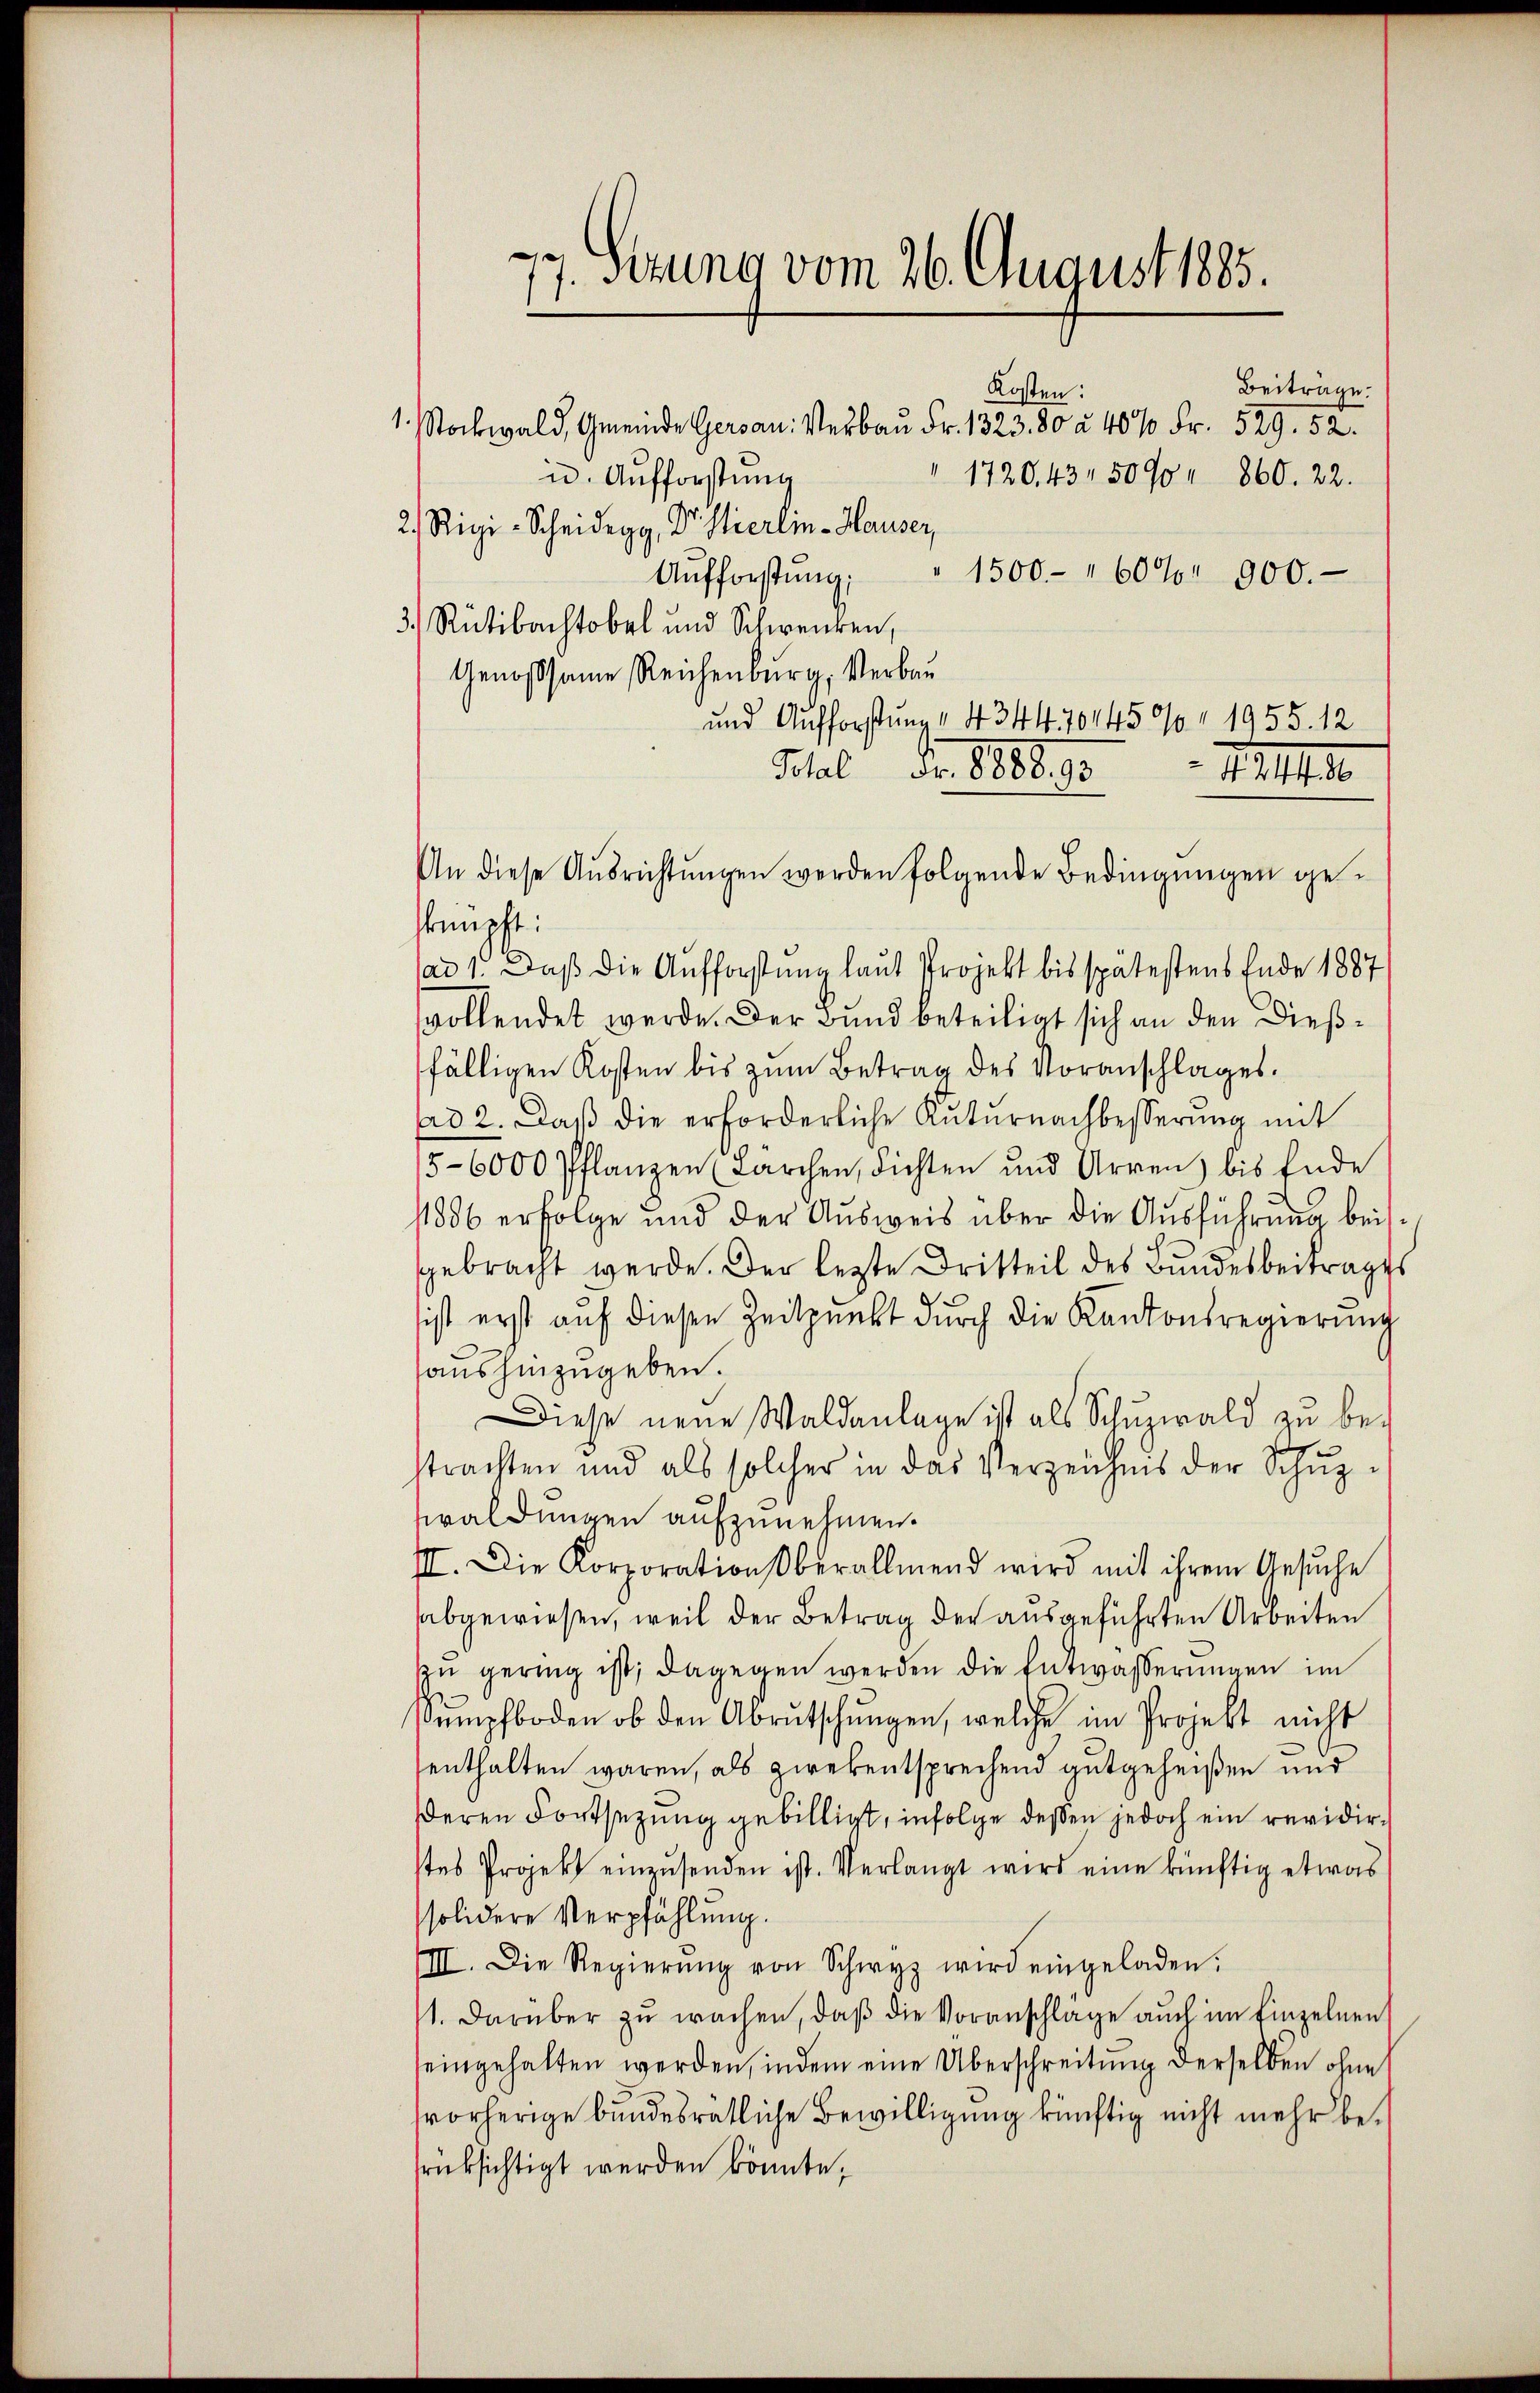
7. Sitzung vom 26. August 1885.

Beitrage.
Kosten:
1. Stockwald, Gmeinde Gersau: Verbau Fr. 1323. 80 à 40% Fr. 529. 52.
n. Aufforstung
1720. 43. 5090 " 860. 22.
2. Rigi-Scheidegg, Dr. Hierlin-Hauser,
1500.- " 60% 900.
Aufforstung;
3.) Rütibachtobel und Schweren,
Genossame Reichenburg, Verbau
Schal der 18888. 13.
knüpft:
ad 1. Daß die Aufforstung laut Projekt bis spätestens Ende 1887
vollendet werde. Der Bund beteiligt sich an den Dießfälligen Kosten bis zum Betrag des Voranschlages.
ad 2. Daβ die erforderliche Kŭtŭrnachbesserung mit
5-6000 Pflanzen (Kärchen, dichten und Arren bis Ende
11886 erfolge und der Aŭsweis über die Ausführung beigebracht werde. Der lezte Dritteil des Bundesbeitrages
sist erst auf diesen Zeitpunkt durch die Kantonsregierŭng
aushinzugeben.
Diese neue Waldanlage ist als Schŭzwald zŭ be-
z
trachten und als solcher in das Verzeichnis der Schŭpzwaldungen aufzunehmen.
III. Die Korporationsberallmend wird mit ihrem Gesŭche
abgewiesen, weil der Betrag der ausgeführten Arbeiten
zu gering ist; dagegen werden die Entwässerungen im
Sŭmpfboden ob den Abrutschŭngen, welche im Projekt nicht
enthalten waren, als zwekentsprechend gutgeheißen und
deren Fortsetzung gebilligt, infolge deßen jedoch ein revidirstes Projekt einzusenden ist. Verlangt wird eine künftig etwas
solidere Verpfählŭng.
III. Die Regierŭng von Schwyz wird eingeladen.
1. darüber zu wachen, daß die Voranschlage auch im Einzelnen
seingehalten werden, indem eine Überschreitung derselben ohne
vorherige bundesrätliche Bewilligung künftig nicht mehr besrüksichtigt werden könnte,

An diese Ausrichtungen werden folgende Bedingungen ge¬

und Aufforstung " 4344. 70445% 1955. 12
N 244. 86